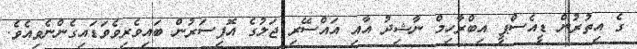
ގެ އިތުރުން ޑީއެސްޕީ އިބްރާހިމް ނާޝިދު އާއި އައްސޭރި ޖަލުގެ އޮފިސަރުން ބައިވެރިވެވަޑައިގެންނެވިއެވެ.